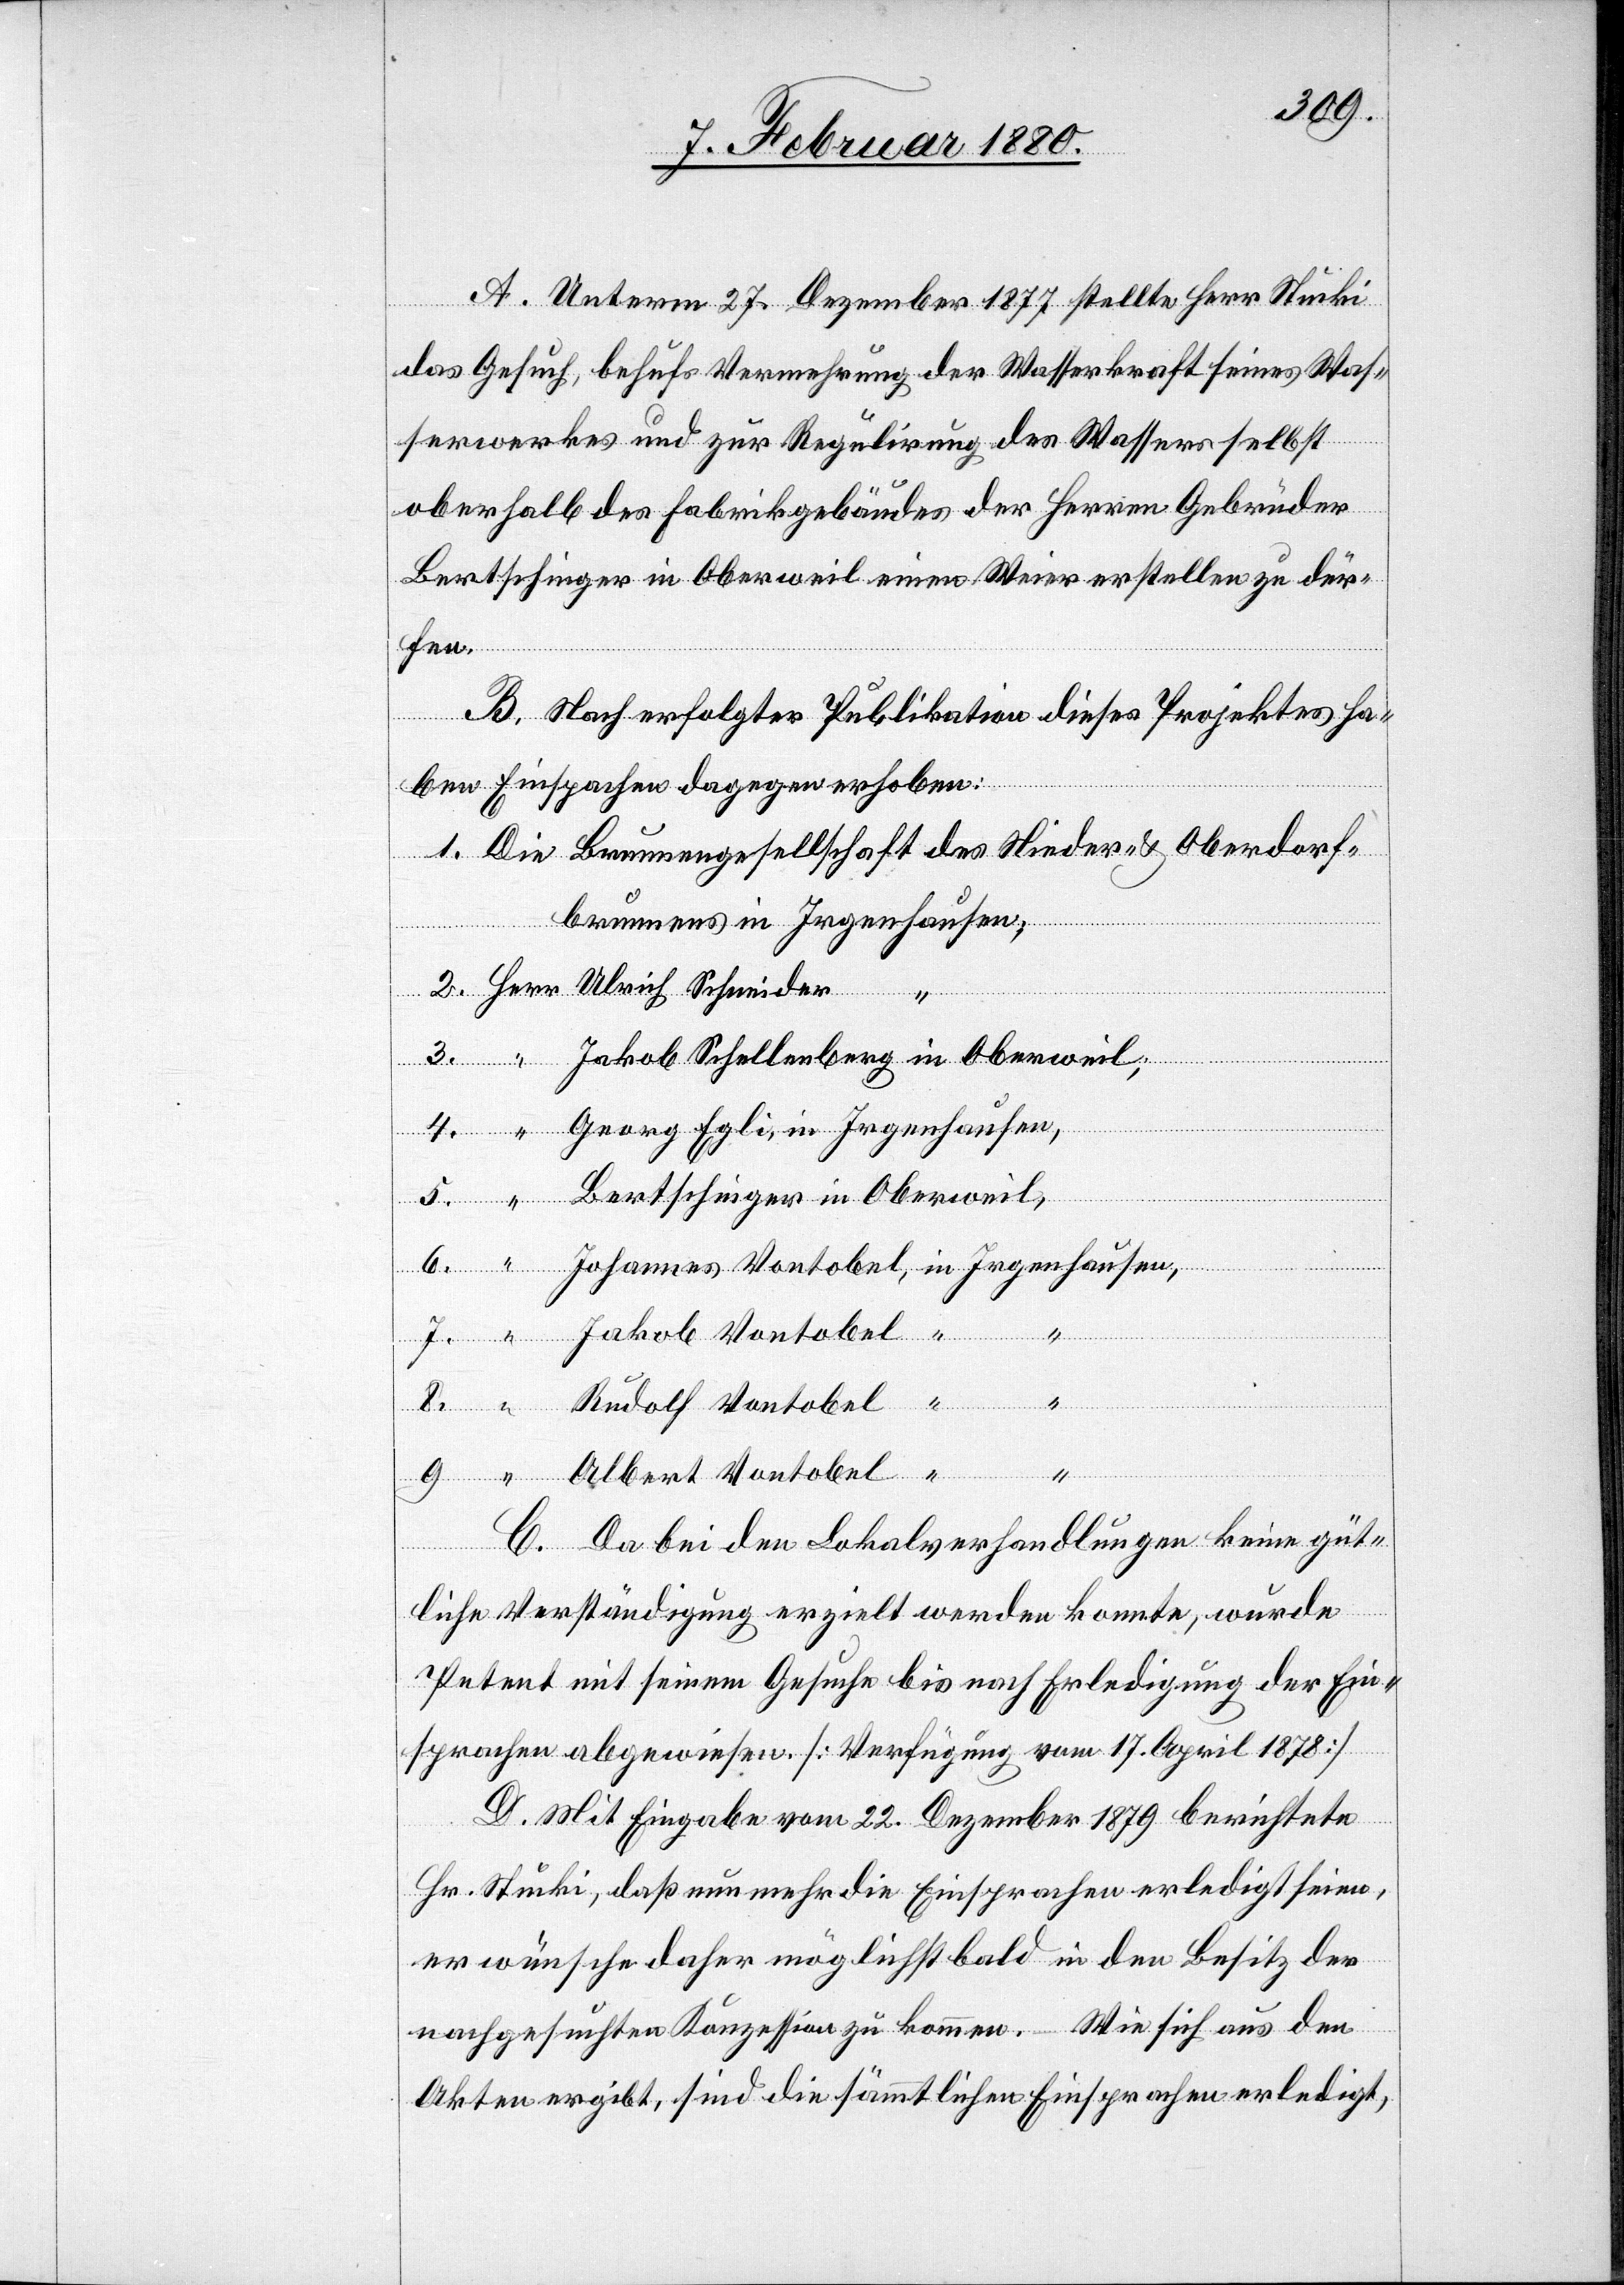
A. Unterm 27. Dezember 1877 stellte Herr Stucki
das Gesuch, behufs Vermehrung der Wasserkraft seines Was¬
serwerkes und zur Regulirung des Wassers selbst
oberhalb des Fabrikgebäudes der Herren Gebrüder
Bertschinger in Oberweil einen Weier erstellen zu dür¬
fen.
B. Nach erfolgter Publikation dieses Projektes ha¬
ben Einsprache dagegen erhoben:
brunnens in Irgenhausen;
1.
weil,
Jakob Schellenberg in Oberweil,
Georg Egli, in Irgenhausen,
Johannes Vontobel, in Irgenhausen,
9.
Albert Vontobel “ “
8.
Rudolf Vontobel,
5.
7.
4.
C. Da bei den Lokalverhandlungen keine güt¬
liche Verständigung erzielt werden konnte, wurde
Petent mit seinem Gesuche bis nach Erledigung der Ein¬
sprachen abgewiesen [Verfügung vom 17. April 1878]
D. Mit Eingabe vom 22. Dezember 1879 berichtete
Hr. Stucki, daß nunmehr die Einsprachen erledigt seien,
er wünsche daher möglichst bald in den Besitz der
nachgesuchten Konzession zu kommen. Wie sich aus den
Akten ergibt, sind die sämmtlichen Einsprachen erledigt,